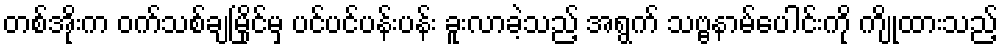
တစ်အိုးက ဝက်သစ်ချမြိုင်မှ ပင်ပင်ပန်းပန်း ခူးလာခဲ့သည့် အရွက် သဗ္ဗနာမ်ပေါင်းကို ကျိုထားသည့်